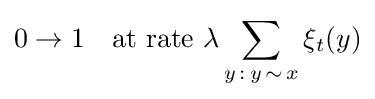
0\rightarrow 1\quad {\text{at rate }}\lambda \sum _{y\,:\,y\,\sim \,x}\xi _{t}(y)